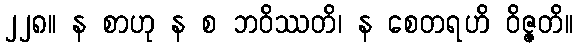
၂၂၈။ န စာဟု န စ ဘဝိဿတိ၊ န စေတရဟိ ဝိဇ္ဇတိ။